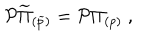
{ \cal P } \widetilde \Pi _ { ( \widetilde p ) } = { \cal P } \Pi _ { ( p ) } \ ,